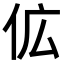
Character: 𬽷